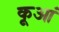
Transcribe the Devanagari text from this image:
कूआं